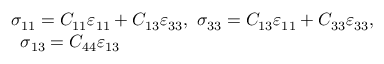
\begin{array} { r } { \sigma _ { 1 1 } = C _ { 1 1 } \varepsilon _ { 1 1 } + C _ { 1 3 } \varepsilon _ { 3 3 } , \, \, \sigma _ { 3 3 } = C _ { 1 3 } \varepsilon _ { 1 1 } + C _ { 3 3 } \varepsilon _ { 3 3 } , } \\ { \sigma _ { 1 3 } = C _ { 4 4 } \varepsilon _ { 1 3 } \qquad \qquad \qquad \qquad \qquad \qquad \qquad \, \, } \end{array}